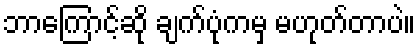
ဘာကြောင့်ဆို ချက်ပုံကမှ မဟုတ်တာပဲ။